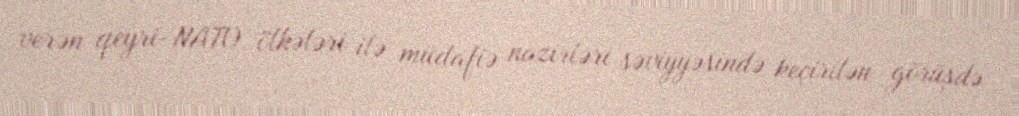
verən qeyri-NATO ölkələri ilə müdafiə nazirləri səviyyəsində keçirilən görüşdə